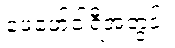
ဖေဖော်ဝါရီအတွင်း